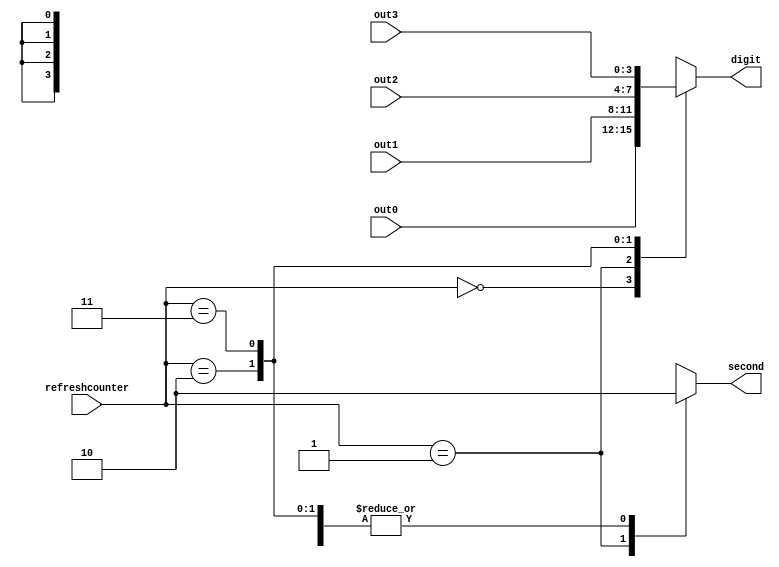
`timescale 1ns / 1ps
//////////////////////////////////////////////////////////////////////////////////
// Company: 
// Engineer: 
// 
// Design Name: 
// Module Name: bcd_control
// Project Name: 
// Target Devices: 
// Tool Versions: 
// Description: 
// 
// Dependencies: 
// 
// Revision:
// Revision 0.01 - File Created
// Additional Comments:
// 
//////////////////////////////////////////////////////////////////////////////////


module bcd_control(input [1:0] refreshcounter, input [3:0] out0,out1,out2,out3, output reg [3:0]digit=0,output reg second);
always@(refreshcounter)
begin
case(refreshcounter)
2'd0:begin
digit=out0;
second=0;
end
2'd1:begin
digit=out1;
second=1;
end
2'd2:begin
digit=out2;
second=0;
end
2'd3:begin
digit=out3;
second=0;
end
endcase
end
endmodule